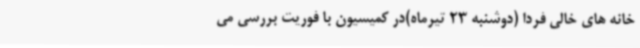
خانه های خالی فردا (دوشنبه 23 تیرماه)در کمیسیون با فوریت بررسی می